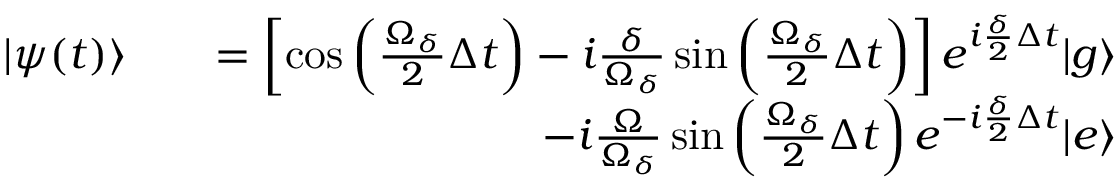
\begin{array} { r l r } { \vert \psi ( t ) \rangle } & { } & { = \left[ \cos \left( \frac { \Omega _ { \delta } } { 2 } \Delta t \right) - i \frac { \delta } { \Omega _ { \delta } } \sin \left( \frac { \Omega _ { \delta } } { 2 } \Delta t \right) \right] e ^ { i \frac { \delta } { 2 } \Delta t } \vert g \rangle } \\ & { } & { - i \frac { \Omega } { \Omega _ { \delta } } \sin \left( \frac { \Omega _ { \delta } } { 2 } \Delta t \right) e ^ { - i \frac { \delta } { 2 } \Delta t } \vert e \rangle } \end{array}